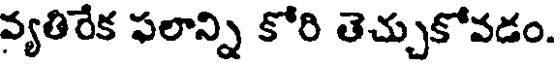
వ్యతిరేక ఫలాన్ని కోరి తెచ్చుకోవడం.